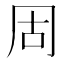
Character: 𪞎